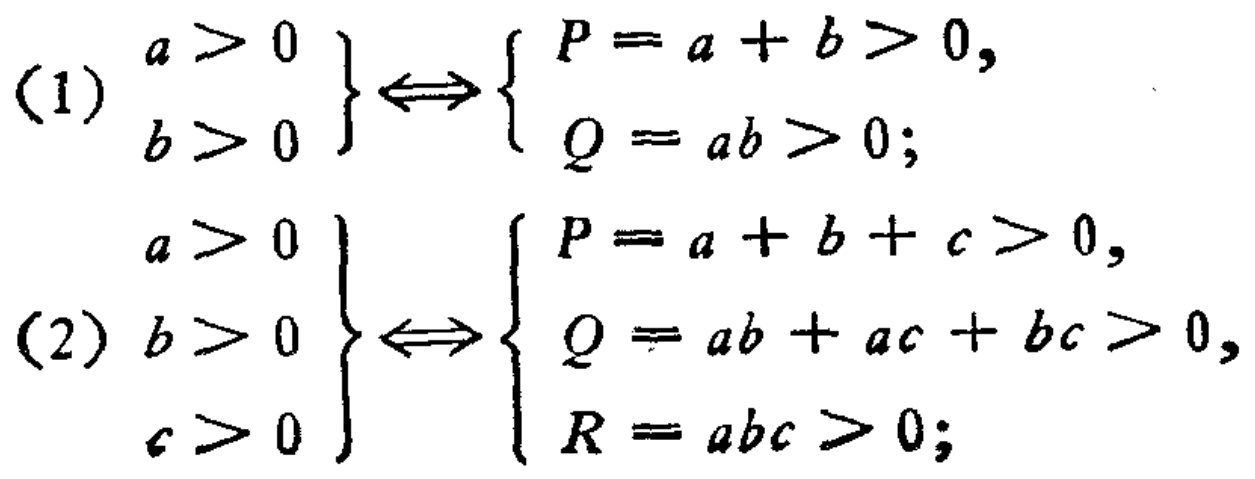
(1) \(\left.\begin{array}{l}a > 0\\b > 0\end{array}\right\}\Leftrightarrow\left\{\begin{array}{l}P = a + b>0,\\Q = ab>0;\end{array}\right.\)
(2) \(\left.\begin{array}{l}a > 0\\b > 0\\c > 0\end{array}\right\}\Leftrightarrow\left\{\begin{array}{l}P = a + b + c>0,\\Q = ab + ac+bc>0,\\R = abc>0;\end{array}\right.\)